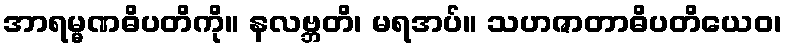
အာရမ္မဏဓိပတိကို။ နလဗ္ဘတိ၊ မရအပ်။ သဟဇာတာဓိပတိယေဝ၊